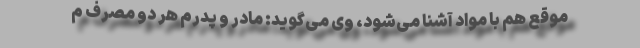
موقع هم با مواد آشنا می‌شود، وی می‌گوید: مادر و پدرم هر دو مصرف م